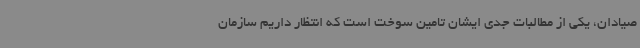
صیادان، یکی از مطالبات جدی ایشان تامین سوخت است که انتظار داریم سازمان